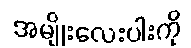
အမျိုးလေးပါးကို